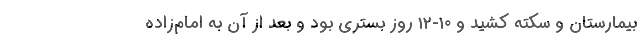
بیمارستان و سکته کشید و 10-12 روز بستری بود و بعد از آن به امام‌زاده